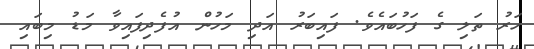
ހަރު ތަލި ގެ ފަހުބައެވެ. ފައިބަރު އަދި މަހުން އުފެދިފައިވާ މަޑު މިބައި